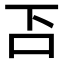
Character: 𠮴